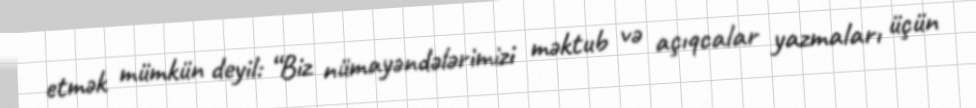
etmək mümkün deyil: “Biz nümayəndələrimizi məktub və açıqcalar yazmaları üçün